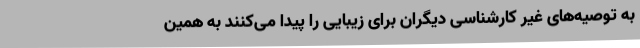
به توصیه‌های غیر کارشناسی دیگران برای زیبایی را پیدا می‌کنند به همین